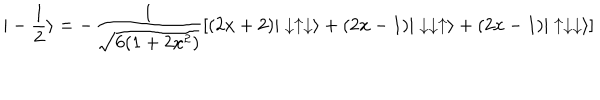
| - \frac { 1 } { 2 } \rangle = - \frac { 1 } { \sqrt { 6 ( 1 + 2 x ^ { 2 } ) } } [ ( 2 x + 2 ) | \downarrow \uparrow \downarrow \rangle + ( 2 x - 1 ) | \downarrow \downarrow \uparrow \rangle + ( 2 x - 1 ) | \uparrow \downarrow \downarrow \rangle ]